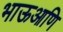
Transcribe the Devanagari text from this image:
भाऊआणि